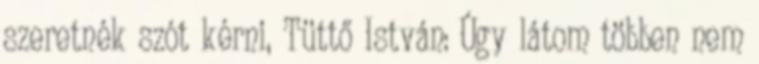
szeretnék szót kérni, Tüttő István: Úgy látom többen nem